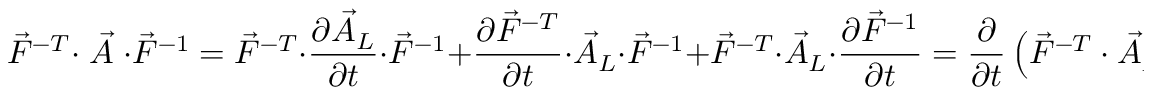
\vec { F } ^ { - T } \cdot \stackrel { \triangledown } { \vec { A } } \cdot \vec { F } ^ { - 1 } = \vec { F } ^ { - T } \cdot \frac { \partial \vec { A } _ { L } } { \partial t } \cdot \vec { F } ^ { - 1 } + \frac { \partial \vec { F } ^ { - T } } { \partial t } \cdot \vec { A } _ { L } \cdot \vec { F } ^ { - 1 } + \vec { F } ^ { - T } \cdot \vec { A } _ { L } \cdot \frac { \partial \vec { F } ^ { - 1 } } { \partial t } = \frac { \partial } { \partial t } \left( \vec { F } ^ { - T } \cdot \vec { A } _ { L } \cdot \vec { F } ^ { - 1 } \right) .